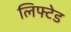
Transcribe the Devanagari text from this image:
लिफ्टेड